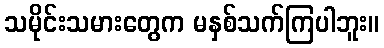
သမိုင်းသမားတွေက မနှစ်သက်ကြပါဘူး။